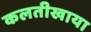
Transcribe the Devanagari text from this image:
कलतीखाया